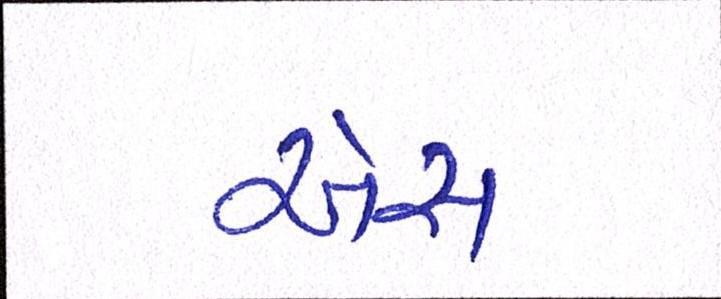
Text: એસ